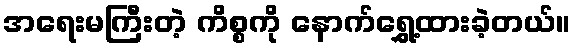
အရေးမကြီးတဲ့ ကိစ္စကို နောက်ရွှေ့ထားခဲ့တယ်။